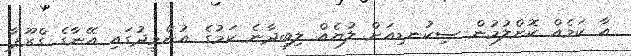
އާ ކަމެއް ކޮށްލުމުން ސިކުނޑިއަށް ލުޔެއް ލިބިދާނެ ކަމުގެ އުންމީދުގައި އޭނާގެ ގްރޫޕާ